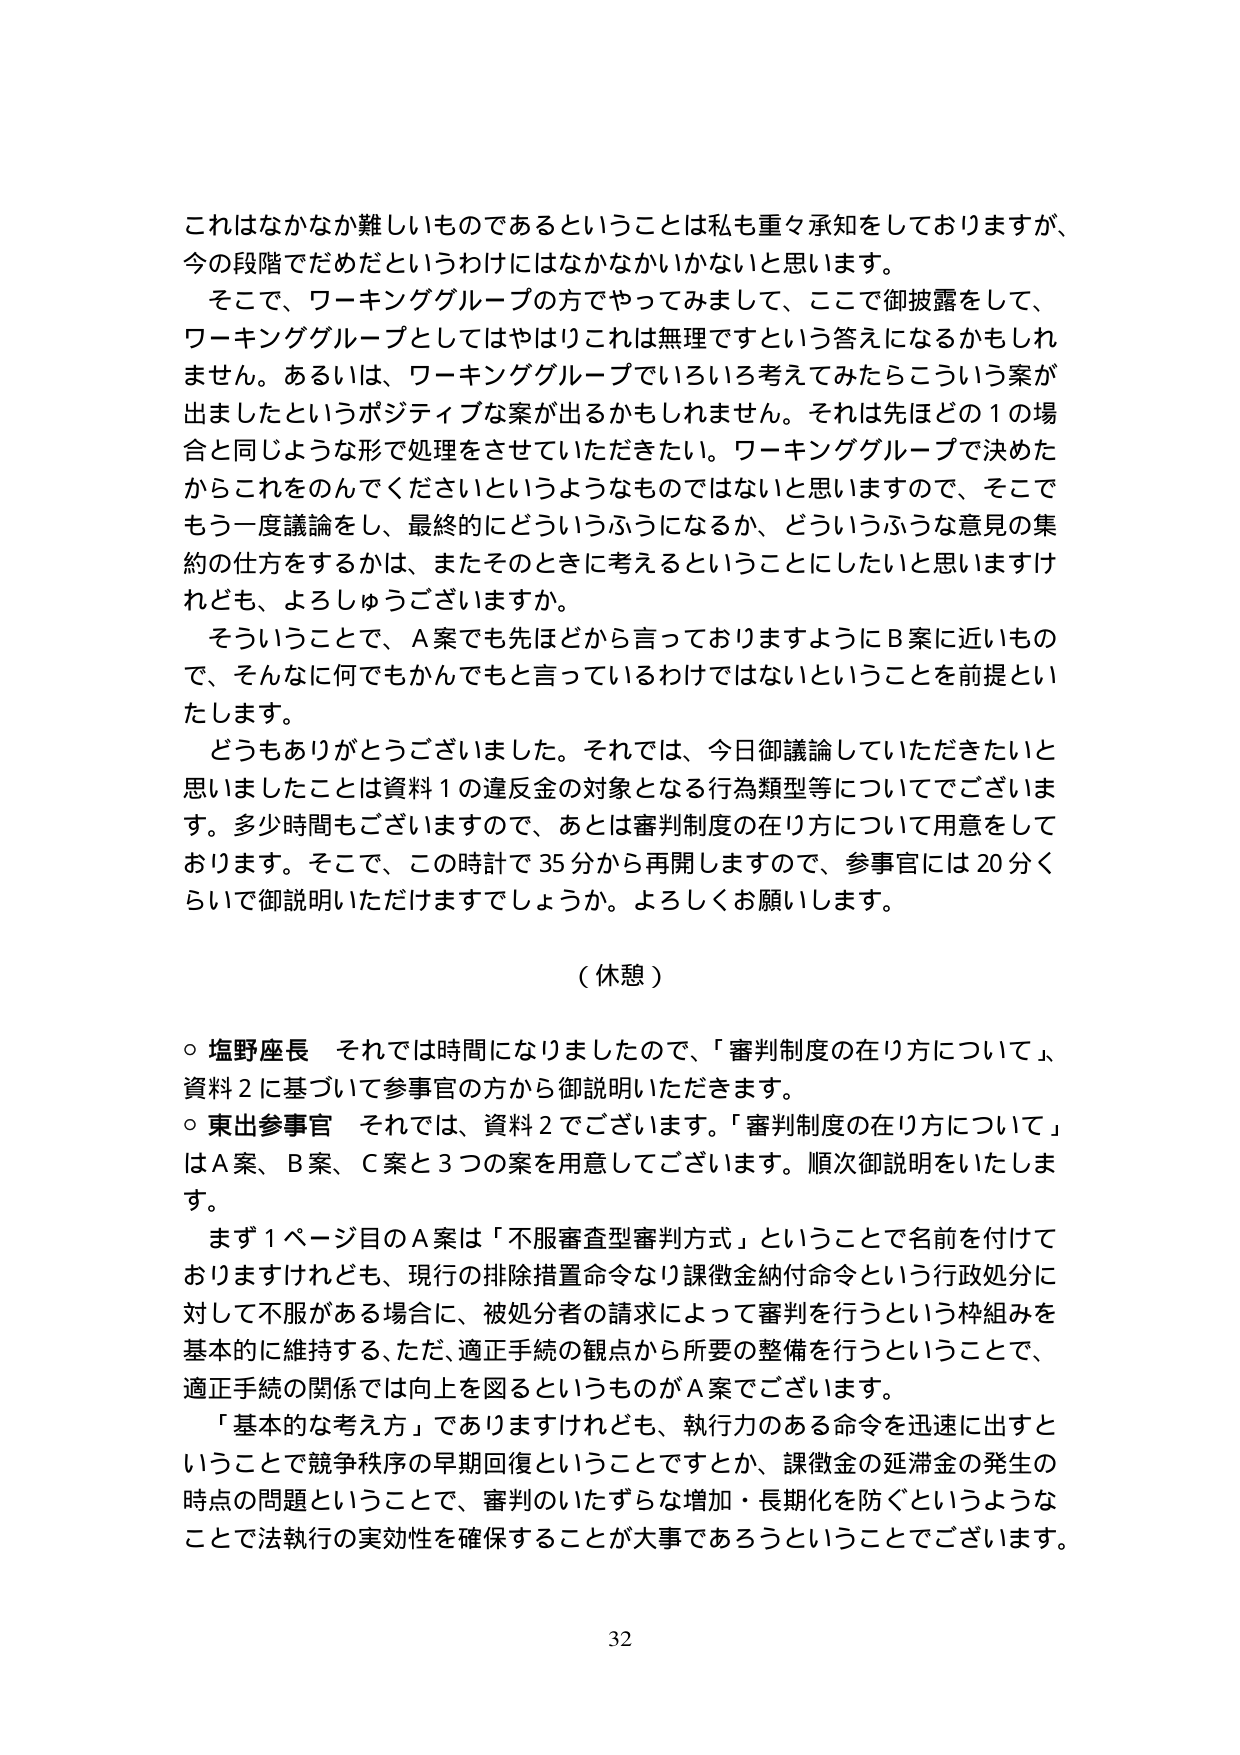
これはなかなか難しいものであるということは私も重々承知をしておりますが、
今の段階でだめだというわけにはなかなかいかないと思います。
そこで、ワーキンググループの方でやってみまして、ここで御披露をして、
ワーキンググループとしてはやはりこれは無理ですという答えになるかもしれ
ません。あるいは、ワーキンググループでいろいろ考えてみたらこういう案が
出ましたというポジティブな案が出るかもしれません。それは先ほどどの1の場
合と同じような形で処理をさせていただきたい。ワーキンググループで決めた
からこれをのんでくださいというようなものではないと思いますので、そこで
もう一度議論をし、最終的にどういうふうになるか、どういうふうな意見の集
約の仕方をするかは、またそのときに考えるということにしたいと思いますけ
れども、よろしうございますか。
そういうことで、A案でも先ほどから言っておりますようにB案に近いもの
で、そんなに何でもかんでもと言っているわけではないということを前提とい
たします。
どうもありがとうございました。それでは、今日御議論していただきたいと
思いましたことは資料1の違反金の対象となる行為類型等についてでございま
す。多少時間もございますので、あとは審判制度の在り方について用意をして
おります。そこで、この時計で35分から再開しますので、参事官には20分く
らいで御説明いただけますでしょうか。よろしくお願いします。

（休憩）

○ 塩野座長 それでは時間になりましたので、「審判制度の在り方について」、
資料2に基づいて参事官の方から御説明いただきます。
○ 東出参事官 それでは、資料2でございます。「審判制度の在り方について」
はA案、B案、C案と3つの案を用意してございます。順次御説明をいたしま
す。
まず1ページ目のA案は「不服審査型審判方式」ということで名前を付けて
おりますけれども、現行の排除措置命令なり課徴金納付命令という行政処分に
対して不服がある場合に、被処分者の請求によって審判を行うという枠組みを
基本的に維持する、ただ、適正手続の観点から所要の整備を行うということで、
適正手続の関係では向上を図るというものがA案でございます。
「基本的な考え方」でありますけれども、執行力のある命令を迅速に出すと
いうことで競争秩序の早期回復ということですとか、課徴金の延滞金の発生の
時点の問題ということで、審判のいたずらな増加・長期化を防ぐというような
ことで法執行の実効性を確保することが大事であろうということでございます。

32